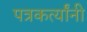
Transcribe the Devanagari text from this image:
पत्रकर्त्यांनी